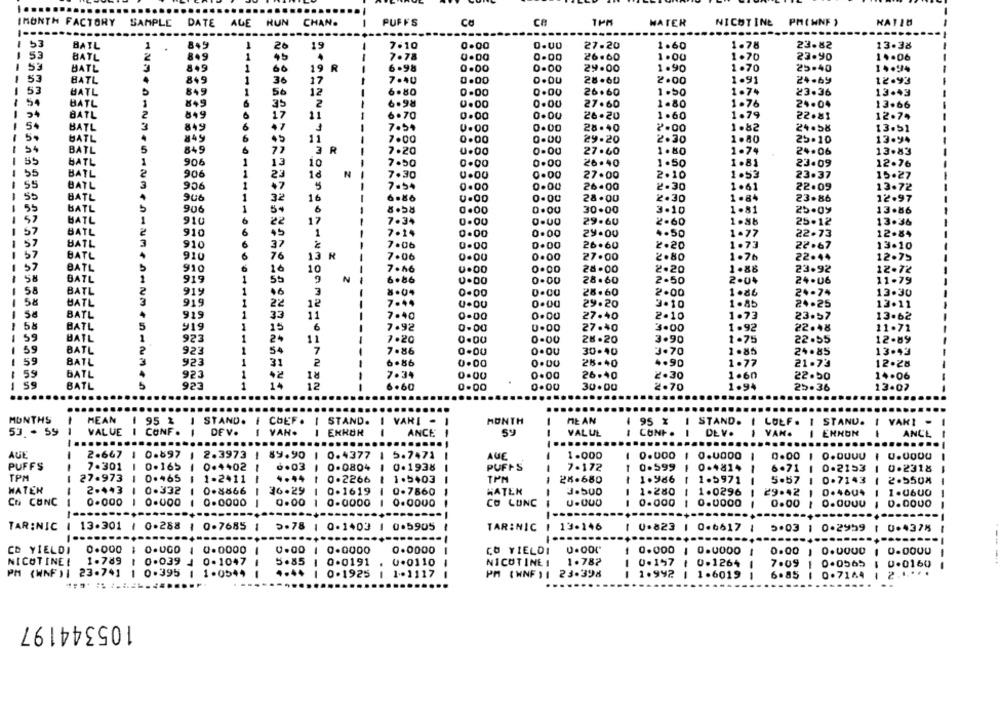
IMONTH FACTORY
SAMPLE
DATE ALE RUN
PUFFS
ca
CA
1PM
HATER
NICOTINE
PM(HNF )
CHAN.
ES
8$9
1
7.10
1.78
BAIL
.
26
19
0.00
27.20
1.60
23.82
13.38
1 53
BATL
8.9
1
45
7.78
0.00
0.00
26.60
1.00
1.70
23.90
14.06
53
BATL
849
1
60
19
R
6 .98
0.00
0-00
29.00
1.90
1.70
25.40
14.94
53
BATL
849
36
0.00
24.69
1
17
7.40
D.DU
28.60
2.00
1.91
12.93
53
HATL
849
1
56
12
6.80
0.00
0.00
26.60
1 .50
1.74
23.36
13.43
-
54
BATL
6
35
2
6.98
0.00
0.OU
27.60
1.80
1.76
24.04
13.66
BATL
849
6
17
11
1
6 .70
0.00
26.20
1.60
1.79
22.81
12.74
BATL
849
6
47
1
7.54
0.00
0.00
28.40
8.00
1.82
24.58
13.51
5.
849
11
BATL
6
7.00
0.00
0.00
29.20
2.30
1.80
25.10
13.94
54
BATL
849
77
3 R
7.20
0.00
0.00
1.80
1.74
24.06
13.83
27.60
55
HATL
906
1
13
10
7.50
0.00
0.00
26.40
1.50
1.81
23.09
12.76
55
BATL
906
1
23
0.00
10
N
7.30
27.00
2.10
1.53
23.37
15.27
55
BATL
906
1
+7
5
7.54
0.00
0.00
26.00
2.30
1061
22.09
13.72
55
BATL
906
1
32
16
6.86
0.00
28.00
2.30
1.84
23.86
12.97
55
BATL
906
1
6
0.00
30.00
3.10
1.81
25.09
0.00
13.86
BATL
910
6
22
17
-
7.34
0.00
29.60
2.60
1.88
25.12
13.36
57
BATL
910
6
45
1
7-14
0.00
0.00
29.00
4.50
1.77
22-73
12.84
57
BATL
910
6
37
7.06
0.00
26.60
2.20
1.73
22.67
13.10
0.00
57
BATL
910
6
76
13
7.06
0.00
0.00
27.00
2.80
1.76
22.44
12.75
BATL
910
10
7.16
0.00
28.00
2.20
1.88
23.92
12.72
58
BATL
919
1
N
6.86
0.00
28.60
2.50
2.04
24.06
11.79
58
BATL
919
1
3
8.0.
0.00
28.60
2.00
1.86
24-74
13.30
58
HATL
919
22
12
7.44
U.DU
0.00
29.20
3.10
1.85
24.25
13.11
BATL
919
33
11
7.40
0-00
27.40
2-10
1.73
23.57
13.62
-
58
BATL
919
1
15
6
7.92
0.00
0.00
27.40
3.00
1.92
22.48
11.71
BATL
923
1
24
11
7.20
0.00
0-00
28 .20
3.90
1.75
22.55
12-89
59
BATL
923
54
7
7.86
0.00
0.OU
30-40
3.70
1.85
24.85
13.43
59
BATL
923
2
RI
6.86
0.00
0.DU
25-40
4.90
1.77
21.73
12.28
59
BATL
923
7.34
0.00
26.40
2.30
1.60
22.50
14.06
1
59
BATL
923
1
14
12
6.60
0.00
30.00
2.70
1.94
25.36
13.02
MONTHS
MEAN
95 % I STAND. I CHEF.
I STAND.
I VARI -
MONTH
ME AN
95 % I STAND. I LOLF. 1
STAND. I VARI
53 - 59
1
VALUE
1 CONF. I
DEV.
I VAN.
EXHOR
ANCE
Sy
CUNP .
VAN.
ENNON
--
VAL UL
DEV.
ANCE
AUTE
- -
2.667 1 0.897
1 2.3973 | 89.90
0.4377
1 5.7471
AUE
1.000
0.000
0.0000
0.00
PUFFS
-
7.301
1 0.165
0.4402 1
6.03
0.0804
0.1938
PUFFS
7.172
0.599
0.4814
6.71
0.2153
0.2318
TPM
27.973
1 0.465
1-2411 |
4.44
0.2266
1.5403
----
TPM
28.680
1
1.986
1.5971
5.57
0.7143
2.550%
2.443
WATER
1 0.332
0.8866
36.29
0.1619
0.7860
-
HATEN
1.280
1.0296
-
29.42
0.46U4
1.0600
Co CONC
0.000
1 0.000
0.0000
--
0.00
0.0000
0.0000
CO LUNC
--
0.000
1
0.0000
0.00
0.00uu
0.0000
---
TAR:NIC 1 13.301 / 0.288 1 0-7685 1
5.78 1 0-1403 1 0.5905
TAR:NIC
13-146
0.823 1 0.6617
5.03 1 0-2959 1 0.4378
.......
CD YIELDI
0.000
1 0.000 1 0.0000 |
0.00 1
0.0000
0.0000
CO YIELDI
0.00.
0.000
1
0.0000
0.00
0.0000
0.0000
NICOTINE!
1.789
5.85
0.0191
. 0.0110
0.157
1 0.039 4 0.1047 |
NICOTINE 1
1.787
0.1264
7.09
0.0565
0.0160
PM (WNF )| 23-741
1 0.395
1 1.0544 1
4.44
0.1925 1 1.1117
PM (WNF ) 1
23.398
1.992
1.6019
6.85
0.7164
2.1
105344197